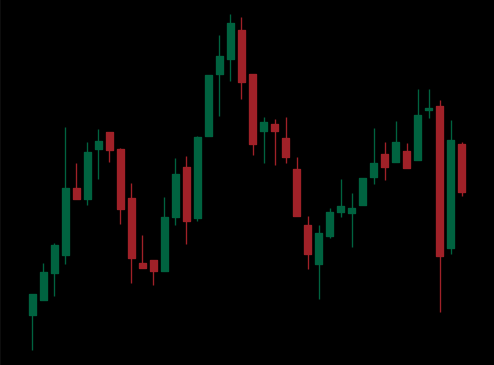
Pattern: head_shoulders